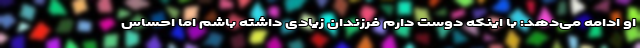
او ادامه می‌دهد: با اینکه دوست دارم فرزندان زیادی داشته باشم اما احساس